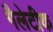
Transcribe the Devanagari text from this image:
गैलेटीक